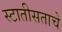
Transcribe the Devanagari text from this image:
स्टातीसताचे